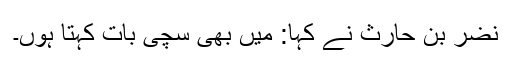
نضر بن حارث نے کہا: میں بھی سچی بات کہتا ہوں۔